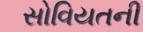
સોવિયતની